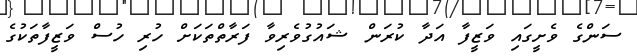
ސަންގެ ވެށީގައި ވަޒީފާ އަދާ ކުރަން ޝައުގުވެރިވާ ފަރާތްތަކަށް ހުރި ހުސް ވަޒީފާތަކުގެ